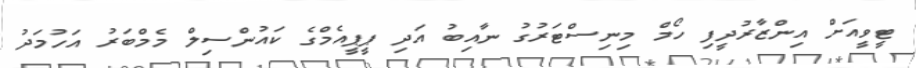
ޓީވީއަށް އިންޒާރުދީފި ހޯމް މިނިސްޓަރުގު ނާއިބު އަދި ޕީޕީއެމްގެ ކައުންސިލް މެމްބަރު އަހުމަދު